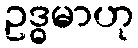
ဥဒ္ဓမာဟု